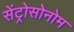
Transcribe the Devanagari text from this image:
सेंट्रोसोनोम